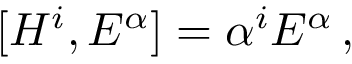
[ H ^ { i } , E ^ { \alpha } ] = \alpha ^ { i } E ^ { \alpha } \, ,